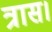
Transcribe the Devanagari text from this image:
त्रास।